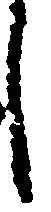
し